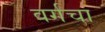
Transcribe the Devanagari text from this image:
वर्गचा